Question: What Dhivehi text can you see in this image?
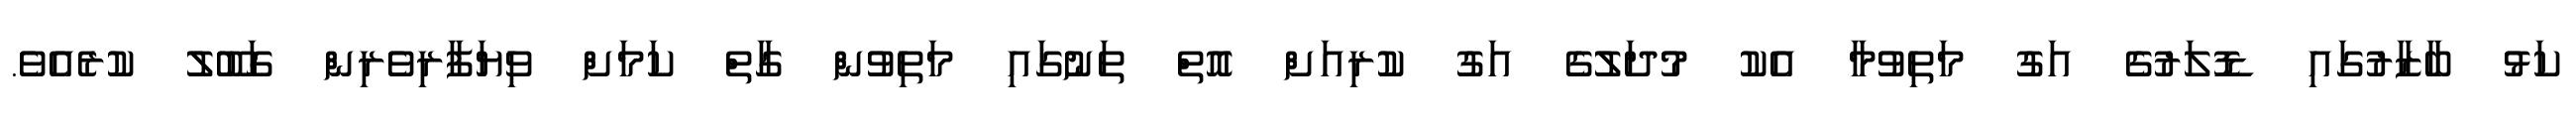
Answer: ކަޅު ބާޒާރުގައި ޑޮލަރުގެ އަގު މަތިވުމާ އެކު މުދަލުގެ އަގު ކުރިއަށް އޮތް ތަނުގައި މަތިވުން ގާތް ކަމަށް ވިޔަފާރިވެރިން ގަބޫލު ކުރެއެވެ.